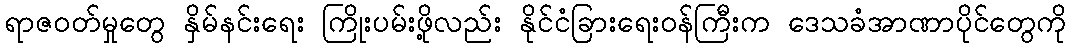
ရာဇဝတ်မှုတွေ နှိမ်နင်းရေး ကြိုးပမ်းဖို့လည်း နိုင်ငံခြားရေးဝန်ကြီးက ဒေသခံအာဏာပိုင်တွေကို